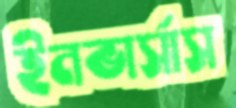
ইনভার্সাস